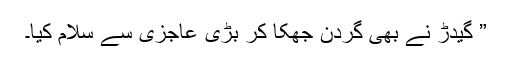
” گیدڑ نے بھی گردن جھکا کر بڑی عاجزی سے سلام کیا۔